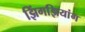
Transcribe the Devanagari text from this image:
झिंगझियांग